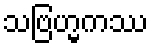
သဗြဟ္မကဿ